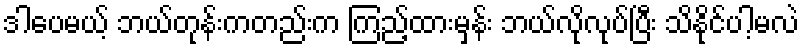
ဒါပေမယ့် ဘယ်တုန်းကတည်းက ကြည့်ထားမှန်း ဘယ်လိုလုပ်ပြီး သိနိုင်ပါ့မလဲ